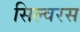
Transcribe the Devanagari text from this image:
सिल्वरस